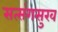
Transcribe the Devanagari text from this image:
सत्संगसुख